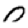
Digit: 0